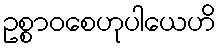
ဥစ္စာဝစေဟုပါယေဟိ